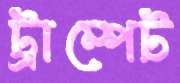
ট্রাম্পেট